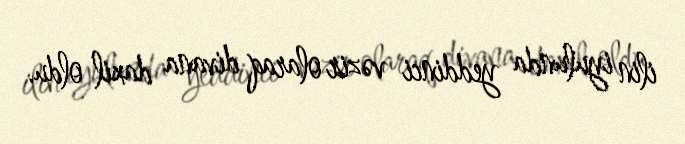
ilin iyulunda yeddinci vəzir olaraq divana daxil oldu.